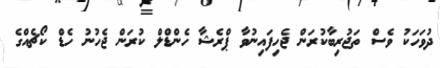
ދުވަހަކު ވެސް ތަޖުރިބާކުރަން ޖެހިފައިނުވާ ޕްރެޝާ ހެންޑްލް ކުރަން ޖެހުނު ހެޑް ކޯޗެއްގެ